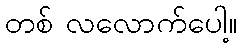
တစ် လလောက်ပေါ့။